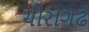
ચૌરાગઢ